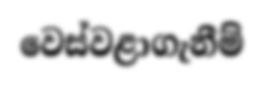
වෙස්වළාගැනීම්